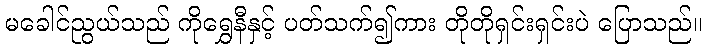
မခေါင်ညွယ်သည် ကိုရွှေနီနှင့် ပတ်သက်၍ကား တိုတိုရှင်းရှင်းပဲ ပြောသည်။